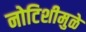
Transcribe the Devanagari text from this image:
नोटिशीमुळे